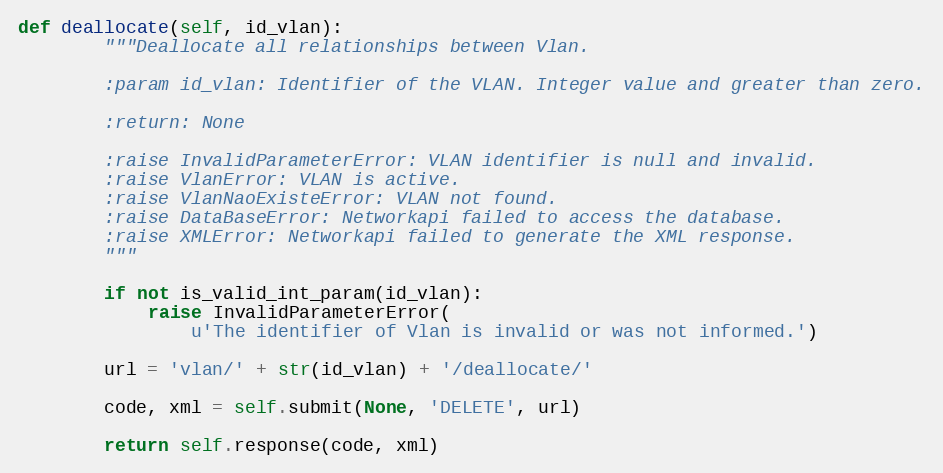
Language: Python
def deallocate(self, id_vlan):
        """Deallocate all relationships between Vlan.

        :param id_vlan: Identifier of the VLAN. Integer value and greater than zero.

        :return: None

        :raise InvalidParameterError: VLAN identifier is null and invalid.
        :raise VlanError: VLAN is active.
        :raise VlanNaoExisteError: VLAN not found.
        :raise DataBaseError: Networkapi failed to access the database.
        :raise XMLError: Networkapi failed to generate the XML response.
        """

        if not is_valid_int_param(id_vlan):
            raise InvalidParameterError(
                u'The identifier of Vlan is invalid or was not informed.')

        url = 'vlan/' + str(id_vlan) + '/deallocate/'

        code, xml = self.submit(None, 'DELETE', url)

        return self.response(code, xml)